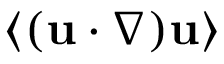
\left\langle ( { \bf u } \cdot \nabla ) { \bf u } \right\rangle